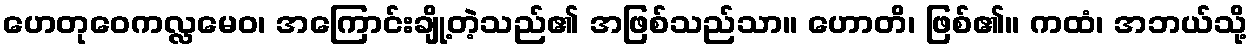
ဟေတုဝေကလ္လမေဝ၊ အကြောင်းချို့တဲ့သည်၏ အဖြစ်သည်သာ။ ဟောတိ၊ ဖြစ်၏။ ကထံ၊ အဘယ်သို့